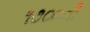
૧૭૦૦ની